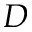
D